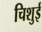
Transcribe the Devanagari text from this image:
चिशुई